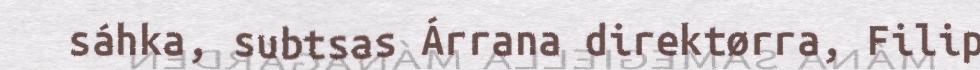
sáhka, subtsas Árrana direktørra, Filip